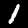
Digit: 1